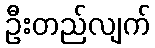
ဦးတည်လျက်